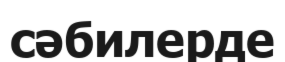
сәбилерде